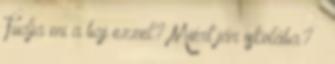
Tudja mi a baj ezzel? Miért jár iskolába? »